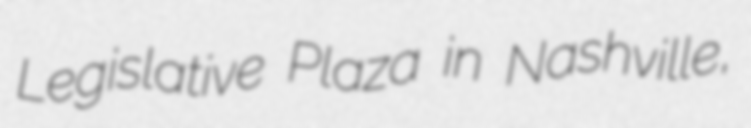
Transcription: Legislative Plaza in Nashville,